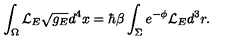
\int _ { \Omega } { \cal L } _ { E } \sqrt { g _ { E } } d ^ { 4 } x = \hbar \beta \int _ { \Sigma } e ^ { - \phi } { \cal L } _ { E } d ^ { 3 } r .